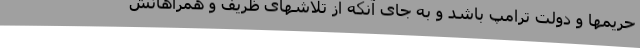
حریمها و دولت ترامپ باشد و به جای آنکه از تلاشهای ظریف و همراهانش